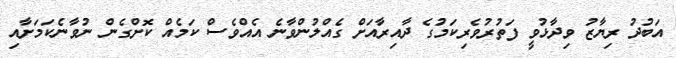
އަބުދު ރިޔާޒު ވިދާޅުވީ ފަތުރުވެރިކަމުގެ ދާއިރާއަށް ގެއްލުންވާނެ އެއްވެސް ކަމެއް ކޮށްގެން ނުވާނެކަމަށާއި